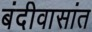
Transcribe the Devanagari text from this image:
बंदीवासांत